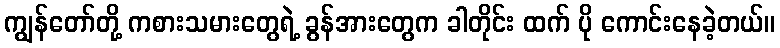
ကျွန်တော်တို့ ကစားသမားတွေရဲ့ ခွန်အားတွေက ခါတိုင်း ထက် ပို ကောင်းနေခဲ့တယ်။